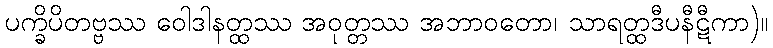
ပက္ခိပိတဗ္ဗဿ ဝေါဒါနတ္ထဿ အဝုတ္တဿ အဘာဝတော၊ သာရတ္ထဒီပနီဋီကာ)။